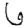
Digit: 6